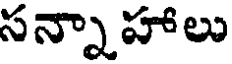
సన్నా హాలు